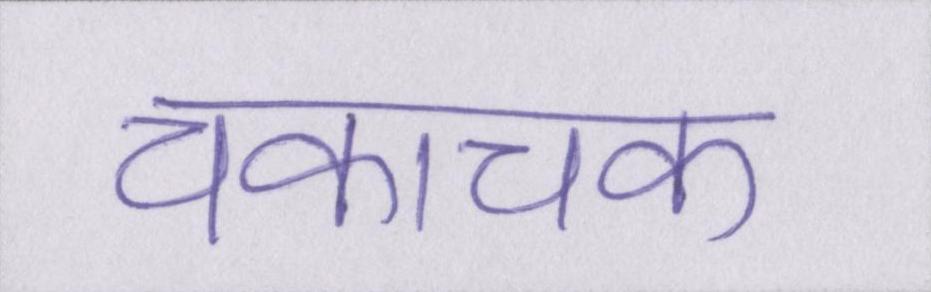
चकाचक